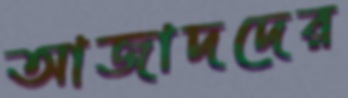
আজাদদের